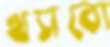
খসবো